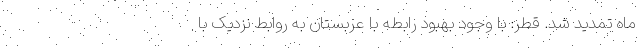
ماه تمدید شد. قطر: با وجود بهبود رابطه با عربستان به روابط نزدیک با